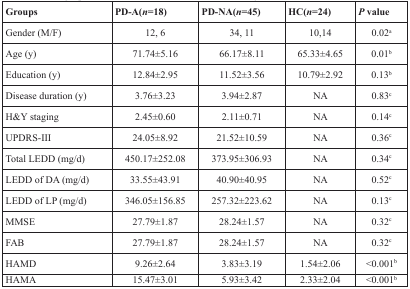
<table><thead><tr><td><b>Groups</b></td><td><b>PD-A(<i>n</i>=18)</b></td><td><b>PD-NA(<i>n</i>=45)</b></td><td><b>HC(<i>n</i>=24)</b></td><td><b><i>P</i> value</b></td></tr></thead><tbody><tr><td>Gender (M/F)</td><td>12, 6</td><td>34, 11</td><td>10,14</td><td>0.02<sup>a</sup></td></tr><tr><td>Age (y)</td><td>71.74±5.16</td><td>66.17±8.11</td><td>65.33±4.65</td><td>0.01<sup>b</sup></td></tr><tr><td>Education (y)</td><td>12.84±2.95</td><td>11.52±3.56</td><td>10.79±2.92</td><td>0.13<sup>b</sup></td></tr><tr><td>Disease duration (y)</td><td>3.76±3.23</td><td>3.94±2.87</td><td>NA</td><td>0.83<sup>c</sup></td></tr><tr><td>H&amp;Y staging</td><td>2.45±0.60</td><td>2.11±0.71</td><td>NA</td><td>0.14<sup>c</sup></td></tr><tr><td>UPDRS-III</td><td>24.05±8.92</td><td>21.52±10.59</td><td>NA</td><td>0.36<sup>c</sup></td></tr><tr><td>Total LEDD (mg/d)</td><td>450.17±252.08</td><td>373.95±306.93</td><td>NA</td><td>0.34<sup>c</sup></td></tr><tr><td>LEDD of DA (mg/d)</td><td>33.55±43.91</td><td>40.90±40.95</td><td>NA</td><td>0.52<sup>c</sup></td></tr><tr><td>LEDD of LP (mg/d)</td><td>346.05±156.85</td><td>257.32±223.62</td><td>NA</td><td>0.13<sup>c</sup></td></tr><tr><td>MMSE</td><td>27.79±1.87</td><td>28.24±1.57</td><td>NA</td><td>0.32<sup>c</sup></td></tr><tr><td>FAB</td><td>27.79±1.87</td><td>28.24±1.57</td><td>NA</td><td>0.32<sup>c</sup></td></tr><tr><td>HAMD</td><td>9.26±2.64</td><td>3.83±3.19</td><td>1.54±2.06</td><td>&lt;0.001<sup>b</sup></td></tr><tr><td>HAMA</td><td>15.47±3.01</td><td>5.93±3.42</td><td>2.33±2.04</td><td>&lt;0.001<sup>b</sup></td></tr></tbody></table>